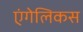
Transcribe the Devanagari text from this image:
एंगेलिकस